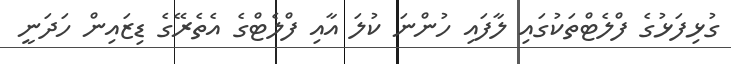
ގުޅިފަޅުގެ ފްލެޓްތަކުގައި ލާފައި ހުންނަ ކުލަ އާއި ފްލެޓްގެ އެތެރޭގެ ޑިޒައިން ހަދަނީ